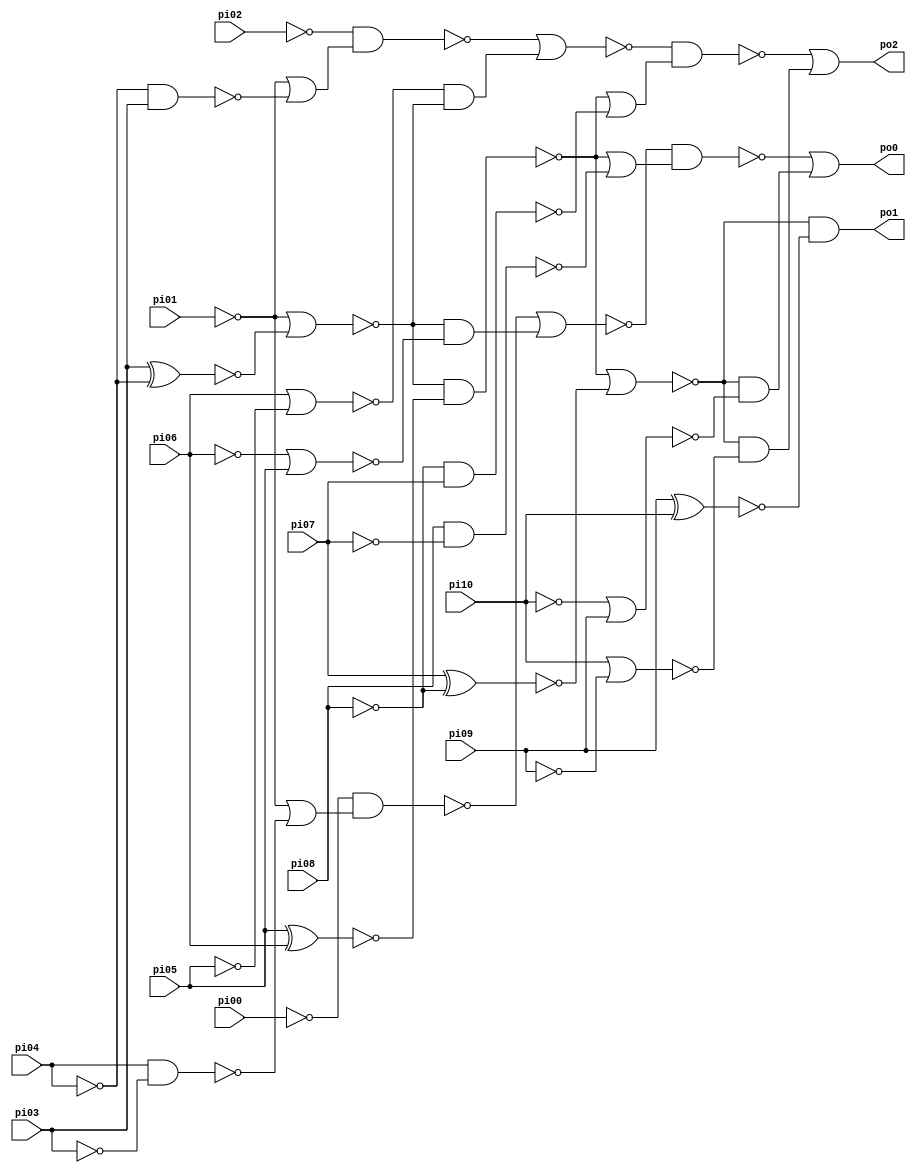
// Benchmark "CM85" written by ABC on Thu Mar 19 13:02:36 2020

module CM85 ( 
    pi00, pi01, pi02, pi03, pi04, pi05, pi06, pi07, pi08, pi09, pi10,
    po0, po1, po2  );
  input  pi00, pi01, pi02, pi03, pi04, pi05, pi06, pi07, pi08, pi09,
    pi10;
  output po0, po1, po2;
  wire new_n18_, new_n19_, new_n20_, new_n21_, new_n22_, new_n23_, new_n24_,
    new_n25_, new_n26_, new_n27_, new_n28_, new_n29_, new_n30_, new_n31_,
    new_n32_, new_n33_, new_n34_, new_n35_, new_n36_, new_n37_, new_n38_;
  assign po0 = ~new_n33_ | (~new_n37_ & ~new_n35_);
  assign po1 = ~new_n37_ & ~new_n38_;
  assign po2 = ~new_n31_ | (~new_n37_ & ~new_n36_);
  assign new_n18_ = ~pi04 & pi03;
  assign new_n19_ = ~pi02 & (~pi01 | ~new_n18_);
  assign new_n20_ = pi04 & ~pi03;
  assign new_n21_ = ~pi00 & (~pi01 | ~new_n20_);
  assign new_n22_ = pi03 ^ ~pi04;
  assign new_n23_ = ~pi06 | pi05;
  assign new_n24_ = pi06 | ~pi05;
  assign new_n25_ = ~pi01 | ~new_n22_;
  assign new_n26_ = pi05 ^ pi06;
  assign new_n27_ = ~new_n25_ & ~new_n26_;
  assign new_n28_ = ~new_n19_ | (~new_n24_ & ~new_n25_);
  assign new_n29_ = ~new_n21_ | (~new_n25_ & ~new_n23_);
  assign new_n30_ = ~pi08 & pi07;
  assign new_n31_ = ~new_n28_ & (~new_n27_ | ~new_n30_);
  assign new_n32_ = pi08 & ~pi07;
  assign new_n33_ = ~new_n29_ & (~new_n27_ | ~new_n32_);
  assign new_n34_ = pi07 ^ ~pi08;
  assign new_n35_ = ~pi10 | pi09;
  assign new_n36_ = pi10 | ~pi09;
  assign new_n37_ = ~new_n27_ | ~new_n34_;
  assign new_n38_ = pi09 ^ pi10;
endmodule